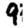
Digit: 9